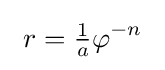
\ r={\tfrac {1}{a}}\varphi ^{-n}\